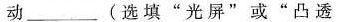
动______(选填”光屏”或”凸透